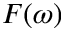
F ( \omega )